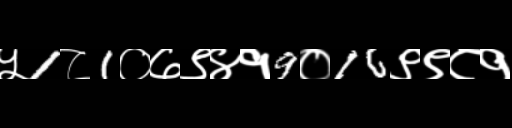
Text: ५1८1०७९४१9०16९९८१